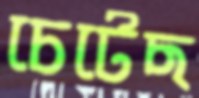
চেটেছ